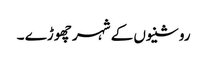
روشنیوں کے شہر چھوڑے ۔